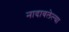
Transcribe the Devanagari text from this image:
नादावलेल्या